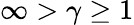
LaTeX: \infty>\gamma\geq 1